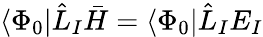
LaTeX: \langle\Phi_{0}|\hat{L}_{I}\bar{H}=\langle\Phi_{0}|\hat{L}_{I}E_{I}